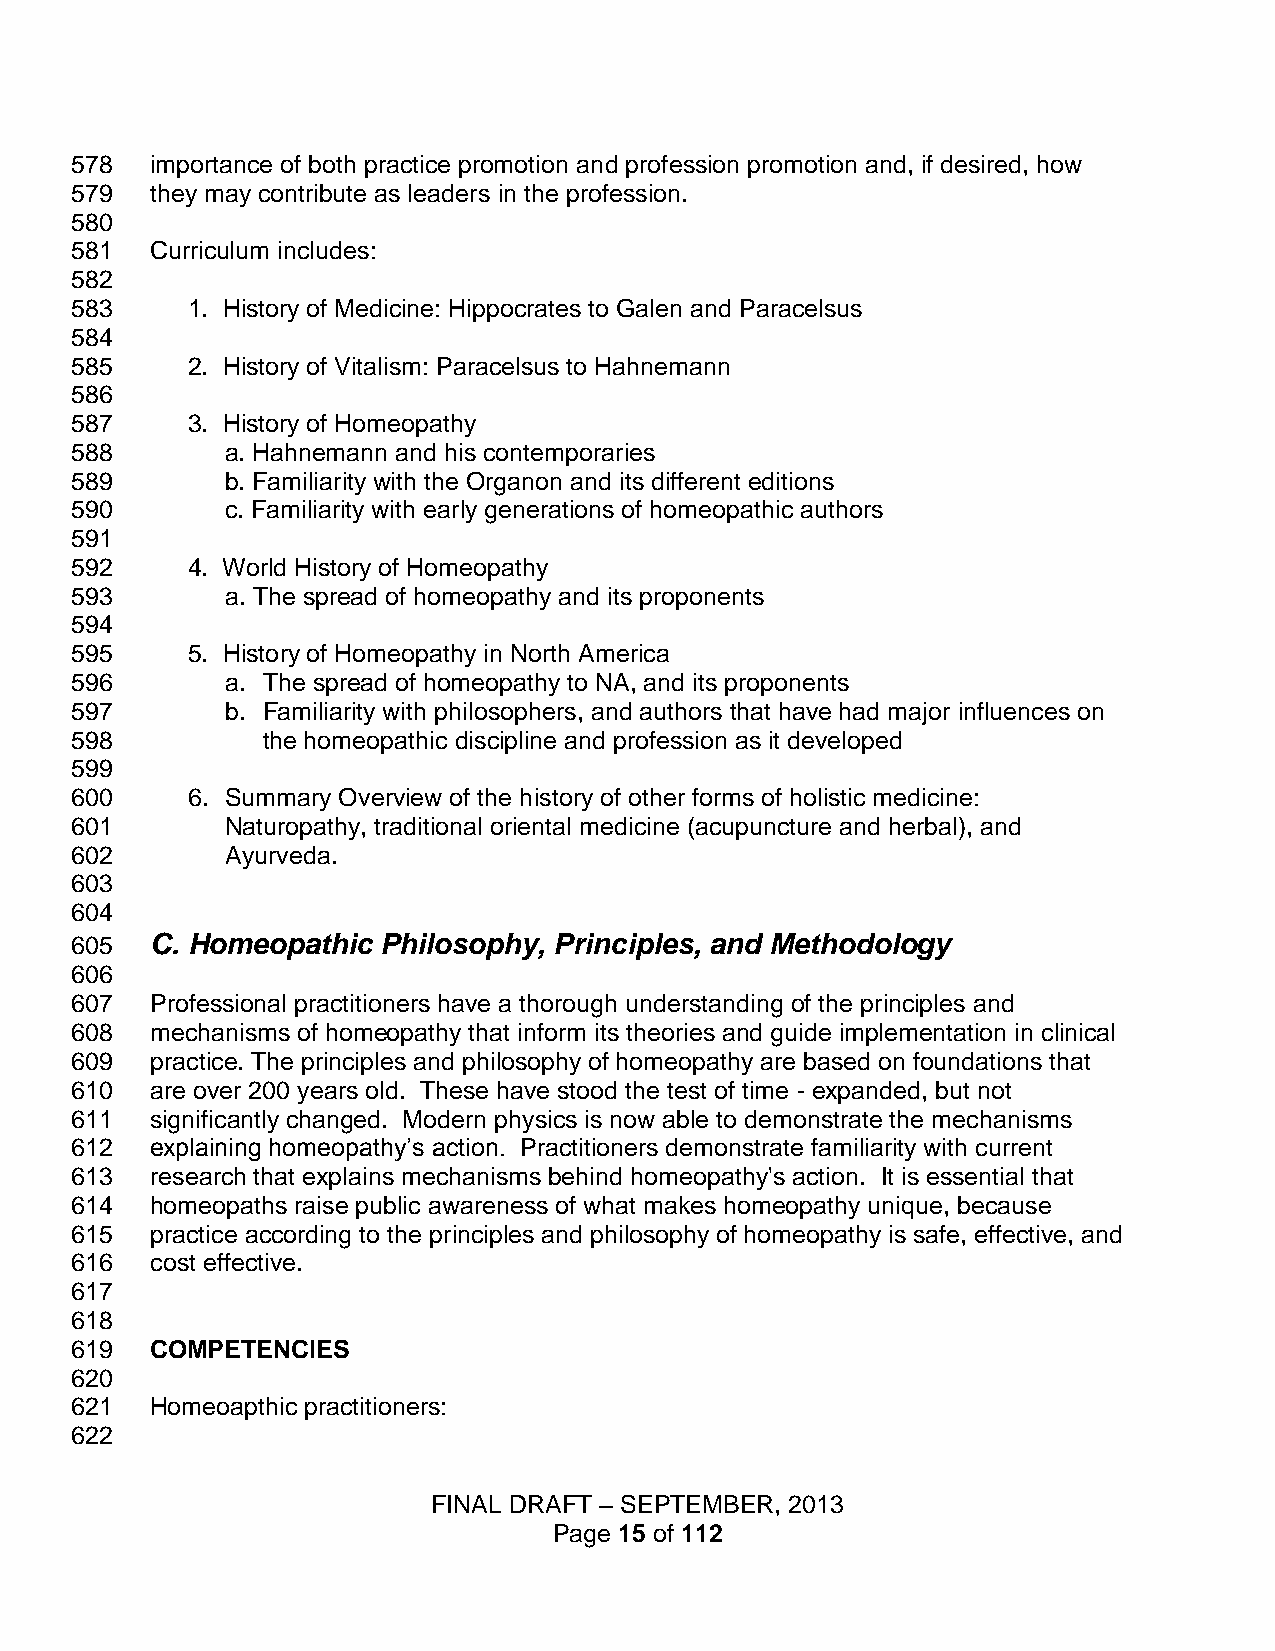
578  importance of both practice promotion and profession promotion and, if desired, how
 579  they may contribute as leaders in the profession.
 580
 581  Curriculum includes:
 582
 583    1. History of Medicine: Hippocrates to Galen and Paracelsus
 584
 585    2. History of Vitalism: Paracelsus to Hahnemann
 586
 587    3. History of Homeopathy
 588       a. Hahnemann and his contemporaries
 589       b. Familiarity with the Organon and its different editions
 590       c. Familiarity with early generations of homeopathic authors
 591
 592    4. World History of Homeopathy
 593       a. The spread of homeopathy and its proponents
 594
 595    5. History of Homeopathy in North America
 596       a. The spread of homeopathy to NA, and its proponents
 597       b. Familiarity with philosophers, and authors that have had major influences on
 598         the homeopathic discipline and profession as it developed
 599
 600    6. Summary Overview of the history of other forms of holistic medicine:
 601       Naturopathy, traditional oriental medicine (acupuncture and herbal), and
 602       Ayurveda.
 603
 604
 605  C. Homeopathic Philosophy, Principles, and Methodology
 606
 607  Professional practitioners have a thorough understanding of the principles and
 608  mechanisms of homeopathy that inform its theories and guide implementation in clinical
 609  practice. The principles and philosophy of homeopathy are based on foundations that
 610  are over 200 years old. These have stood the test of time - expanded, but not
 611  significantly changed. Modern physics is now able to demonstrate the mechanisms
 612  explaining homeopathy’s action. Practitioners demonstrate familiarity with current
 613  research that explains mechanisms behind homeopathy's action. It is essential that
 614  homeopaths raise public awareness of what makes homeopathy unique, because
 615  practice according to the principles and philosophy of homeopathy is safe, effective, and
 616  cost effective.
 617
 618
 619  COMPETENCIES
 620
 621  Homeoapthic practitioners:
 622
 FINAL DRAFT – SEPTEMBER, 2013
 Page 15 of 112